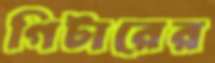
গিটারের